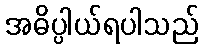
အဓိပ္ပါယ်ရပါသည်